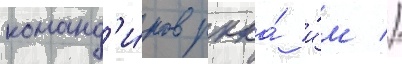
команд'и́ров ркка́ и́м //